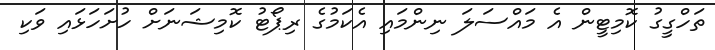
ތަހްގީގު ކޮމިޓީން އެ މައްސަލަ ނިންމައި އެކަމުގެ ރިޕޯޓު ކޮމިޝަނަށް ހުށަހަޅައި ވަކި